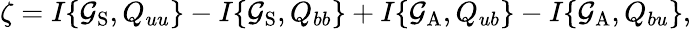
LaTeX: \zeta=I\{ {\mathcal{G}_{\mathrm{{{S}}}},Q_{uu}}\} -I\{ {\mathcal{G}_{\mathrm{{{S}}}},Q_{bb}}\} +I\{ {\mathcal{G}_{\mathrm{{{A}}}},Q_{ub}}\} -I\{ {\mathcal{G}_{\mathrm{{{A}}}},Q_{bu}}\} ,